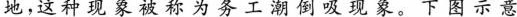
地，这种现象被称为务工潮倒吸现象。下图示意